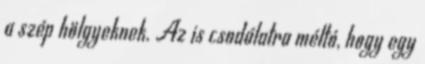
a szép hölgyeknek. Az is csodálatra méltó, hogy egy